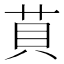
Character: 𦮷